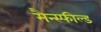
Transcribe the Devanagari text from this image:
मैन्स्फील्ड